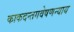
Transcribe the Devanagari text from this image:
काकदन्तगवेषणन्याय